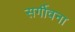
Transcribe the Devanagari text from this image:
सर्गीवना